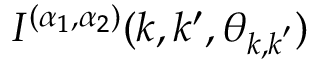
I ^ { ( \alpha _ { 1 } , \alpha _ { 2 } ) } ( k , k ^ { \prime } , \theta _ { \boldsymbol { k } , \boldsymbol { k } ^ { \prime } } )